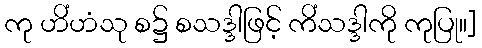
ကု ဟိံဟံသု စ၌ စသဒ္ဒါဖြင့် ကိံသဒ္ဒါကို ကုပြု။]